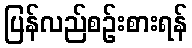
ပြန်လည်စဉ်းစားရန်